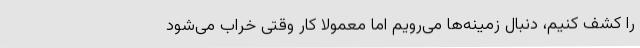
را کشف کنیم، دنبال زمینه‌ها می‌رویم اما معمولاً کار وقتی خراب می‌شود